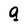
Character: q